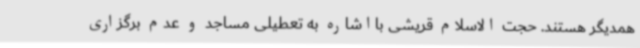
همدیگر هستند. حجت الاسلام قریشی بااشاره به تعطیلی مساجد و عدم برگزاری